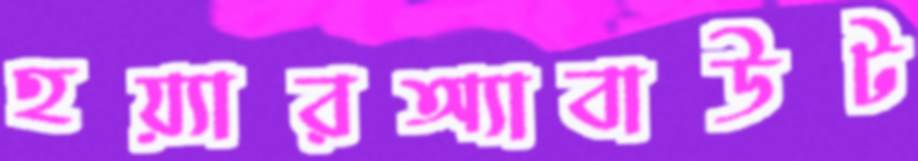
হয়্যারঅ্যাবাউট